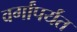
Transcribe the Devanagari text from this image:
वर्गांपर्यंत